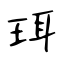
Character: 珥